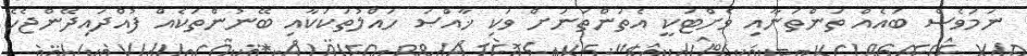
ނަމަވެސް ބައެއް ތަންތަނާއި ވެށްޓަކީ އެތަންތަނަށް ވަކި ޚާއްޞަ ހައްލުތަކަކާއި ބޭނުންތަކެއް ފުއްދައިދޭންޖެހޭ